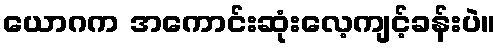
ယောဂက အကောင်းဆုံးလေ့ကျင့်ခန်းပဲ။